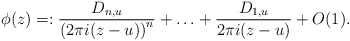
\begin{align*}\phi(z)=:\frac{D_{n,u}}{\left(2\pi i(z-u)\right)^n}+\ldots+\frac{D_{1,u}}{2\pi i(z-u)}+O(1).\end{align*}